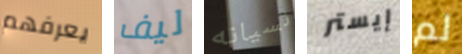
يعرفهم ليف نسيانه إيستر لم